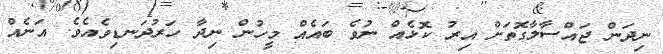
ނިދަން ޖައްސާލާގޮތަށް އިރު ކޮޅެއް ނުވެ ބައެއް މީހުން ނިދާ ހަރުދަނޑިވެއެވެ. އަނެއް